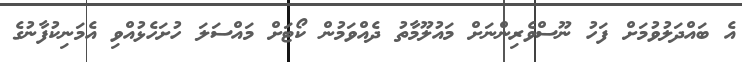
އެ ބައްދަލުވުމަށް ފަހު ނޫސްވެރިންނަށް މައުލޫމާތު ދެއްވަމުން ކޯޓަށް މައްސަލަ ހުށަހެޅުއްވި އެމަނިކުފާނުގެ